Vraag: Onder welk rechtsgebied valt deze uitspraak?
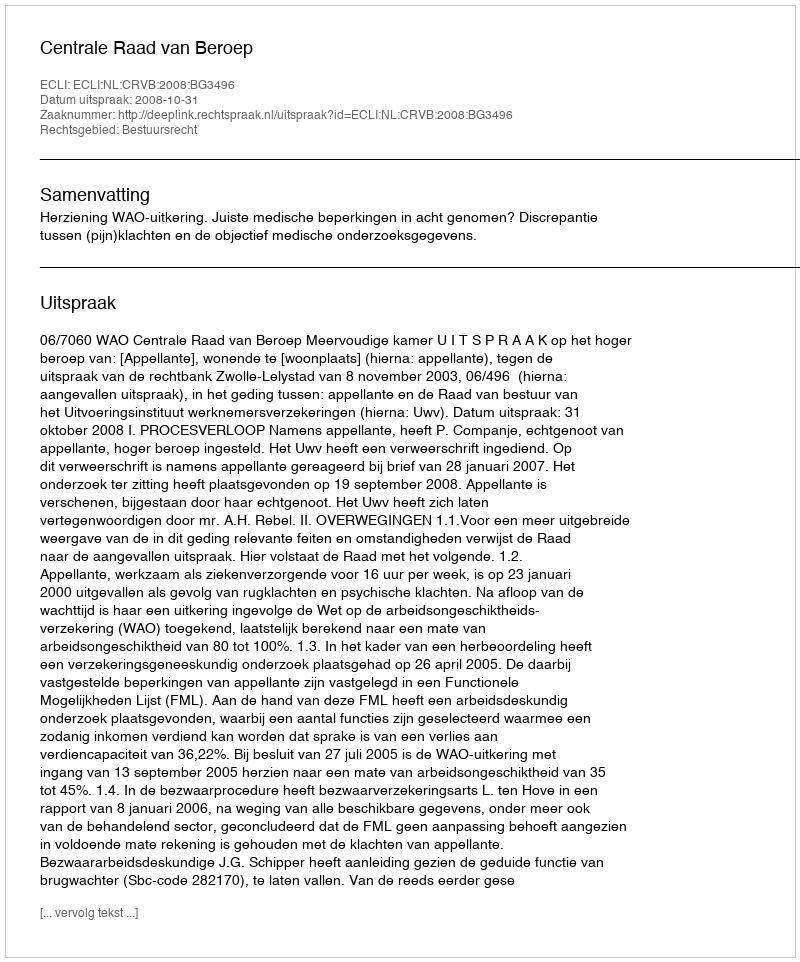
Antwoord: Bestuursrecht